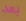
بعد